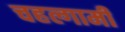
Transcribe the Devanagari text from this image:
चहल्गामी